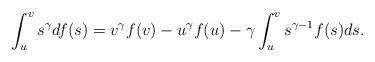
LaTeX: \begin{align*} \int_{u}^{v} s^\gamma df(s)= v^{\gamma} f(v) - u^{\gamma} f(u) - \gamma \int_{u}^{v} s^{\gamma -1} f(s) ds.\end{align*}